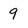
Character: 9